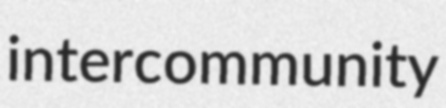
intercommunity